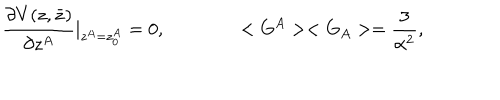
LaTeX: \frac { \partial V ( z , \bar { z } ) } { \partial z ^ { A } } \vert _ { z ^ { A } = z _ { 0 } ^ { A } } = 0 , \qquad \qquad < G ^ { A } > < G _ { A } > = \frac { 3 } { \alpha ^ { 2 } } ,